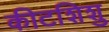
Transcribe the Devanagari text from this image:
कीटशिशु